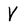
Character: V